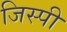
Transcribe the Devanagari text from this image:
जिस्पी